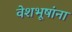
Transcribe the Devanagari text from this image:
वेशभूषांना